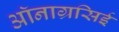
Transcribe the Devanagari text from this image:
ऑनाग्रसिई